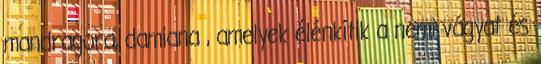
mandragora, damiana , amelyek élénkítik a nemi vágyat és